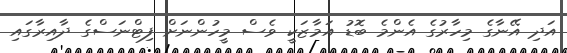
އަދި އޭނާގެ މިހާރުގެ އެންމެ ބޮޑު އަމާޒަކީ ވެސް މީހުންނަށް ފިޓްނަސްގެ ދާއިރާގައި